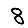
Digit: 8